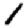
Digit: 1